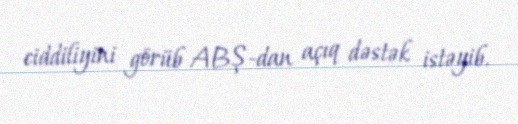
ciddiliyini görüb ABŞ-dan açıq dəstək istəyib.